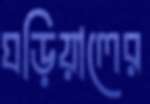
ঘড়িয়ালের